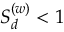
{ \cal S } _ { d } ^ { ( w ) } < 1